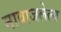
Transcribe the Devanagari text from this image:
नावाजलेल्य